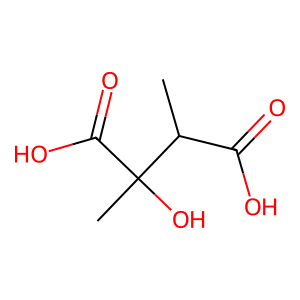
SMILES: CC(C(=O)O)C(C)(O)C(=O)O
Inhibits HIV replication: No